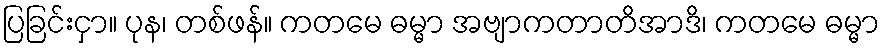
ပြခြင်းငှာ။ ပုန၊ တစ်ဖန်။ ကတမေ ဓမ္မာ အဗျာကတာတိအာဒိ၊ ကတမေ ဓမ္မာ